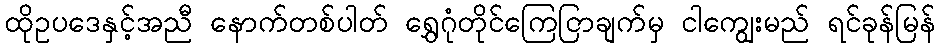
ထိုဥပဒေနှင့်အညီ နောက်တစ်ပါတ် ရွှေဂုံတိုင်ကြေငြာချက်မှ ငါကျွေးမည် ရင်ခုန်မြန်